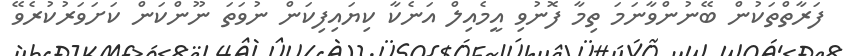
ފަރާތްތަކުން ބޭނުންވާނަމަ ތިމާ ފޮނުވި އީމެއިލް އަނެކާ ކިޔައިފިކަން ނުވަތަ ނޫންކަން ކަށަވަރުކުރެވޭ